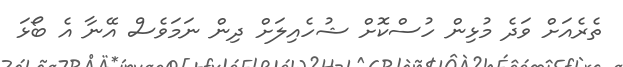
ތެރެއަށް ވަދެ މުޅިން ހުސްކޮށް ޝުހެއިލަށް ދިން ނަމަވެސް އޭނާ އެ ބޯޅަ